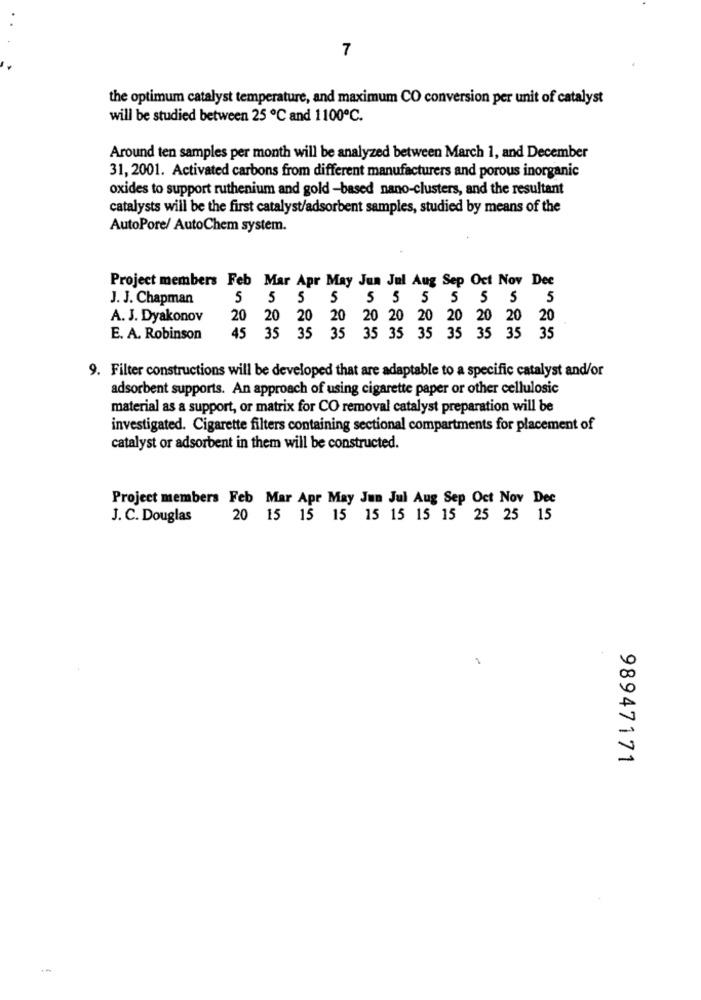
7
the optimum catalyst temperature, and maximum CO conversion per unit of catalyst
will be studied between 25 ℃ and 1100℃.
Around ten samples per month will be analyzed between March 1, and December
31, 2001. Activated carbons from different manufacturers and porous inorganic
oxides to support ruthenium and gold -based nano-clusters, and the resultant
catalysts will be the first catalyst/adsorbent samples, studied by means of the
AutoPore/ AutoChem system.
Project members Feb Mar Apr May Jun Jul Aug Sep Oct Nov Dec
J. J. Chapman
5 5 5 5 5 5 5 5 5 5 5
A. J. Dyakonov
20
20 20 20 20 20 20 20 20
E. A. Robinson
45 35 35 35 35 35 35 35 35 35 35
9. Filter constructions will be developed that are adaptable to a specific catalyst and/or
adsorbent supports. An approach of using cigarette paper or other cellulosic
material as a support, or matrix for CO removal catalyst preparation will be
investigated. Cigarette filters containing sectional compartments for placement of
catalyst or adsorbent in them will be constructed.
Project members Feb Mar Apr May Jun Jul Aug Sep Oct Nov Dec
J. C. Douglas
20 15 15 15 15 15 15 15 25 25 15
98947171